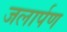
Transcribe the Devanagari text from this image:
जलार्पण